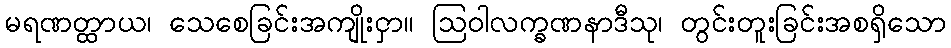
မရဏတ္ထာယ၊ သေစေခြင်းအကျိုးငှာ။ ဩဝါလက္ခဏနာဒီသု၊ တွင်းတူးခြင်းအစရှိသော